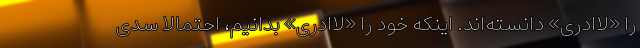
را «لاادری» دانسته‌اند. اینکه خود را «لاادری» بدانیم، احتمالاً سدی